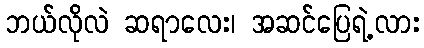
ဘယ်လိုလဲ ဆရာလေး၊ အဆင်ပြေရဲ့လား